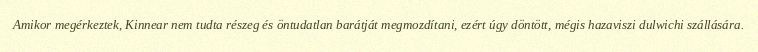
Amikor megérkeztek, Kinnear nem tudta részeg és öntudatlan barátját megmozdítani, ezért úgy döntött, mégis hazaviszi dulwichi szállására.